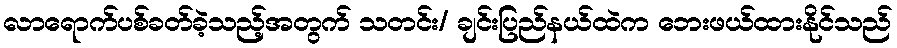
လာရောက်ပစ်ခတ်ခဲ့သည့်အတွက် သတင်း/ ချင်းပြည်နယ်ထဲက ဘေးဖယ်ထားနိုင်သည်